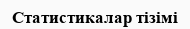
Статистикалар тізімі